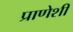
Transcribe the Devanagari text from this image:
प्राणेशी